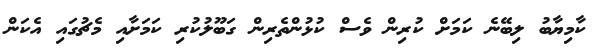
ކާމިޔާބު ލިބޭނެ ކަމަށް ކުރިން ވެސް ކުޅުންތެރިން ގަބޫލުކުރި ކަމަށާއި މެޗުގައި އެކަން